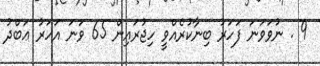
9 . ނުވަވަނަ ފަހަރު ބިނާކުރެއްވީ ހިޖުރައިން 65 ވަނަ އަހަރު ޢަބްދު